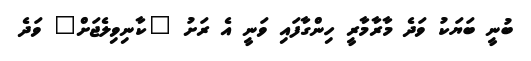
ބުނީ ބަޔަކު ވަދެ މާރާމާރީ ހިންގާފައި ވަނީ އެ ރަށު "ކާނިވިލެޖަށް" ވަދެ